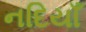
નદિયાઁ